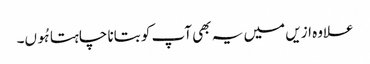
علاوہ ازیں میں یہ بھی آپ کو بتانا چاہتا ہُوں۔